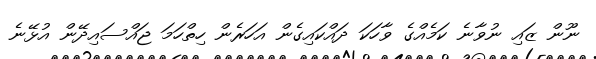
ނޫން ޒައި ނުވާނެ ކަމެއްގެ ވާހަކަ ދައްކައިގެން އަހަރެން ހިތްހަމަ ޖައްސައިދޭން އުޅޭނެ